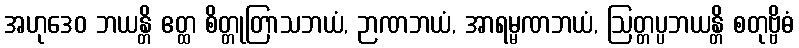
အဟုဒေဝ ဘယန္တိ ဧတ္ထ စိတ္တုတြာသဘယံ, ဉာဏဘယံ, အာရမ္မဏဘယံ, ဩတ္တပ္ပဘယန္တိ စတုဗ္ဗိဓံ